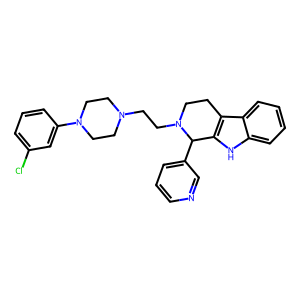
SMILES: Clc1cccc(N2CCN(CCN3CCc4c([nH]c5ccccc45)C3c3cccnc3)CC2)c1
Inhibits HIV replication: No